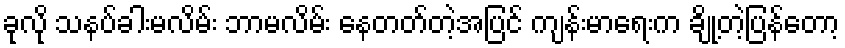
ခုလို သနပ်ခါးမလိမ်း ဘာမလိမ်း နေတတ်တဲ့အပြင် ကျန်းမာရေးက ချို့တဲ့ပြန်တော့